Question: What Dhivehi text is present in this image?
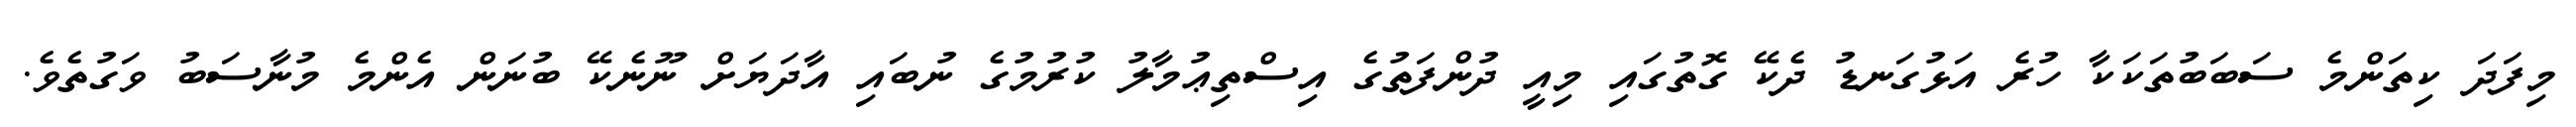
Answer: މިފަދަ ކިތަންމެ ސަބަބުތަކަކާ ހުރެ އަޅުގަނޑު ދެކޭ ގޮތުގައި މިއީ ދުންފަތުގެ އިސްތިޢުމާލު ކުރުމުގެ ނުބައި އާދަޔަށް ނޫނެކޭ ބުނަން އެންމެ މުނާސަބު ވަގުތެވެ.